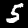
Digit: 5